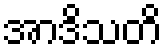
အာဒိသတိ